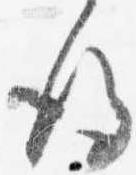
後